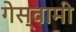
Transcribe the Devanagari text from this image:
गेस्वामी